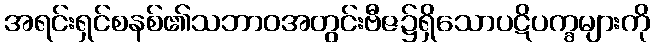
အရင်းရှင်စနစ်၏သဘာဝအတွင်းဗီဇ၌ရှိသောပဋိပက္ခများကို